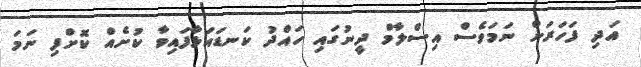
އަދި ފަހަރަށް ނަމަވެސް އިސްލާމް ދީނުގައި ހައްދު ކަނޑައަޅާފައިވާ ކުށެއް ކޮށްފި ނަމަ